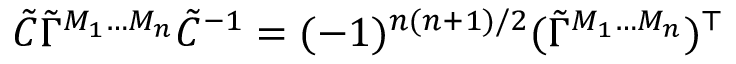
\tilde { C } \tilde { \Gamma } ^ { M _ { 1 } \ldots M _ { n } } \tilde { C } ^ { - 1 } = ( - 1 ) ^ { n ( n + 1 ) / 2 } ( \tilde { \Gamma } ^ { M _ { 1 } \ldots M _ { n } } ) ^ { \top }